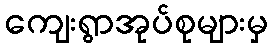
ကျေးရွာအုပ်စုများမှ